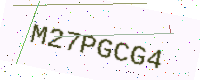
Text: M27PGCG4